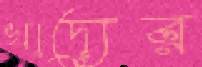
খাদ্যের